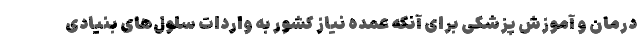
درمان و آموزش پزشكی برای آنكه عمده نیاز كشور به واردات سلول‌های بنیادی